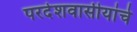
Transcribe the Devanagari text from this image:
परदेशवासीयांचे